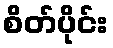
စိတ်ပိုင်း